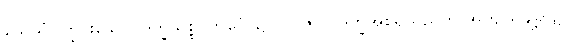
သေသံ၊ ကြွင်းသော။ ဒုက္ခသစ္စဝိဘင်္ဂေ၊ ၌။ ဝါ၊ ဇာတိဒုက္ခအစရှိသည်ကို အကျယ်ချဲ့ရာ၌။